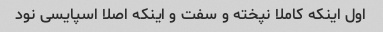
اول اینکه کاملا نپخته و سفت و اینکه اصلا اسپایسی نود